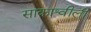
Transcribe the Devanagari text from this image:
साकाश्वीली